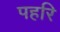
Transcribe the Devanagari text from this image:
पहरि